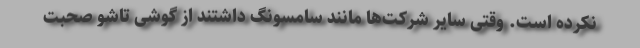
نکرده است. وقتی سایر شرکت‌ها مانند سامسونگ داشتند از گوشی تاشو صحبت